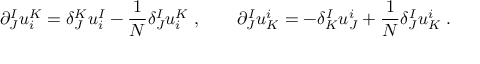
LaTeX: \partial _ { J } ^ { I } u _ { i } ^ { K } = \delta _ { J } ^ { K } u _ { i } ^ { I } - { \frac { 1 } { N } } \delta _ { J } ^ { I } u _ { i } ^ { K } \; , \qquad \partial _ { J } ^ { I } u _ { K } ^ { i } = - \delta _ { K } ^ { I } u _ { J } ^ { i } + { \frac { 1 } { N } } \delta _ { J } ^ { I } u _ { K } ^ { i } \; .